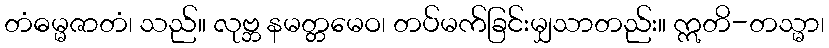
တံဓမ္မဇာတံ၊ သည်။ လုဗ္ဘ နမတ္တမေဝ၊ တပ်မက်ခြင်းမျှသာတည်း။ ဣတိ-တသ္မာ၊